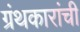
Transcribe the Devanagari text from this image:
ग्रंथकारांची